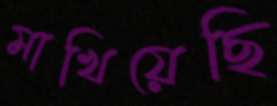
মাখিয়েছি